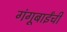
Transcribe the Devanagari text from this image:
गंगूबाईंची